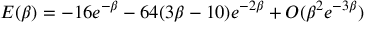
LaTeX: E ( \beta ) = - 1 6 e ^ { - \beta } - 6 4 ( 3 \beta - 1 0 ) e ^ { - 2 \beta } + O ( \beta ^ { 2 } e ^ { - 3 \beta } )